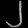
Digit: ၂